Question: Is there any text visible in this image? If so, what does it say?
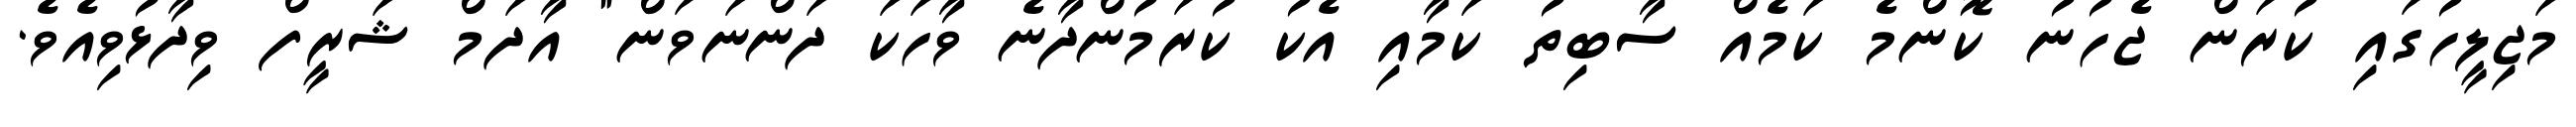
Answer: މަޖިލީހުގައި ކުރަން ޖެހުނު ކޮންމެ ކަމެއް ސާބިތު ކަމާއި އެކު ކުރަމުންދާނެ ވާހަކަ ދަންނަވަން" އާދަމް ޝަރީފް ވިދާޅުވިއެވެ.